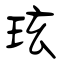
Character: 玹